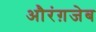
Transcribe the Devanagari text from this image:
औरंग़जेब